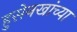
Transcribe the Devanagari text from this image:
हुसेनखांच्या